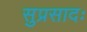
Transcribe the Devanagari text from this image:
सुप्रसादः